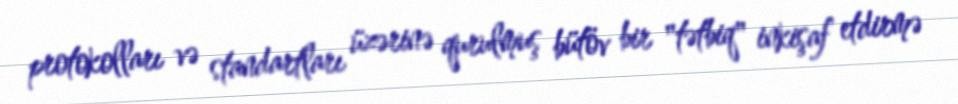
protokolları və standartları üzərinə qurulmuş bütöv bir "tətbiq" inkişaf etdirmə